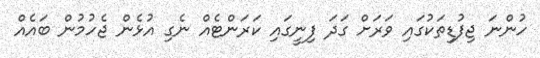
ހުންނަ ޖިފުޑިތަކުގައި ވަރަށް ގަދަ ފިނީގައި ކަރަންޓެއް ނެގި އުޅެން ޖެހުމުން ބައެއް